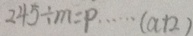
2 4 5 \div m = p \cdots ( a + 2 )